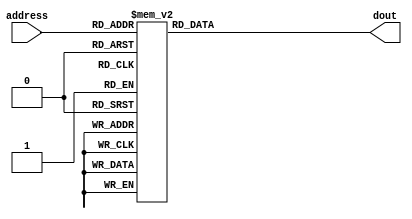
//------------------------
// ROM
//------------------------
module test_rom(
  input [3:0] address,
  output reg [7:0] dout
);

  always @(address)
    case (address)
      /*
        
      */
      4'b0000: dout <= 8'b10110111;
      4'b0001: dout <= 8'b00000001;
      4'b0010: dout <= 8'b11100001;
      4'b0011: dout <= 8'b00000001;
      4'b0100: dout <= 8'b11100011;
      4'b0101: dout <= 8'b10110110;
      4'b0110: dout <= 8'b00000001;
      4'b0111: dout <= 8'b11100110;
      4'b1000: dout <= 8'b00000001;
      4'b1001: dout <= 8'b11101000;
      4'b1010: dout <= 8'b10110000;
      4'b1011: dout <= 8'b10110100;
      4'b1100: dout <= 8'b00000001;
      4'b1101: dout <= 8'b11101010;
      4'b1110: dout <= 8'b10111000;
      4'b1111: dout <= 8'b11111111;
      default: dout <= 8'bxxxxxxxx;
    endcase
endmodule